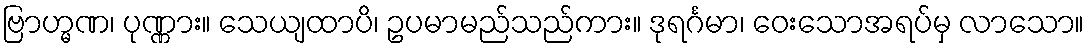
ဗြာဟ္မဏ၊ ပုဏ္ဏား။ သေယျထာပိ၊ ဥပမာမည်သည်ကား။ ဒုရင်္ဂမာ၊ ဝေးသောအရပ်မှ လာသော။